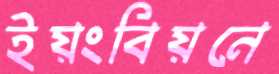
ইয়ংবিয়নে